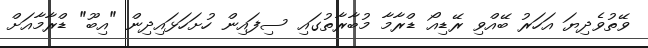
ވޭތުވެދިޔަ އަހަރު ބޭއްވި ރޭޑިއޯ ޑްރާމާ މުބާރާތުގައި ސިފައިން ހުށަހަޅައިދިން "އިބޫ" ޑްރާމާއަށް